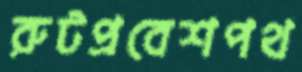
রুটপ্রবেশপথ